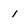
Character: 1